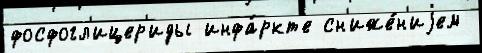
фосфогл'ицер'иды инфа́ркт'е сн'иже́н'иjем